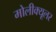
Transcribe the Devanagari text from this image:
मोलीक्यूलर